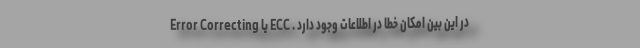
در این بین امکان خطا در اطلاعات وجود دارد . ECC یا Error Correcting